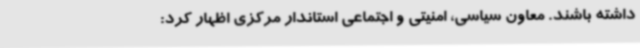
داشته باشند. معاون سیاسی، امنیتی و اجتماعی استاندار مرکزی اظهار کرد: